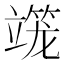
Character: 𰪒